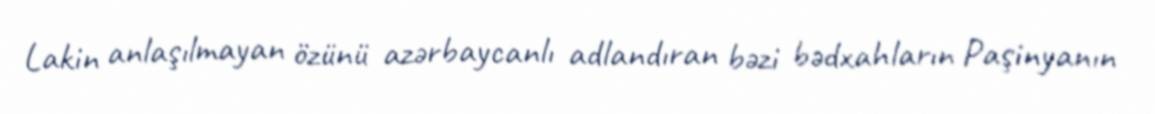
Lakin anlaşılmayan özünü azərbaycanlı adlandıran bəzi bədxahların Paşinyanın